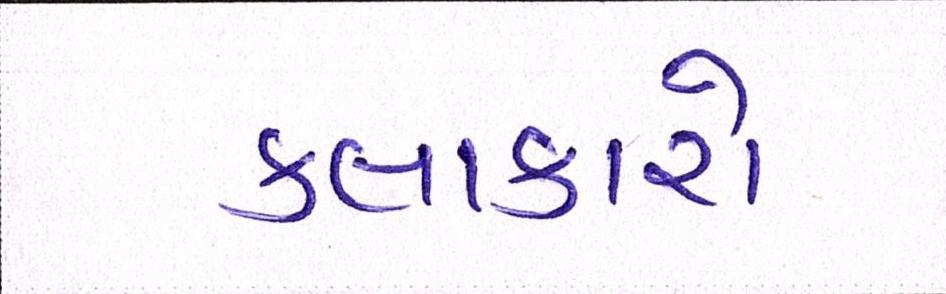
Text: કલાકારો